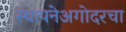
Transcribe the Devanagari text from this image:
स्थापनेअगोदरचा